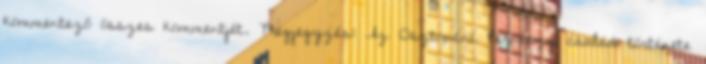
kommentező összes kommentjét. Megjegyzés: Az Osztopáni Perneszy család története